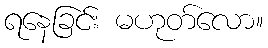
ရနေခြင်း မဟုတ်လော။